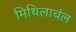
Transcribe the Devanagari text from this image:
मिथिलाचंल